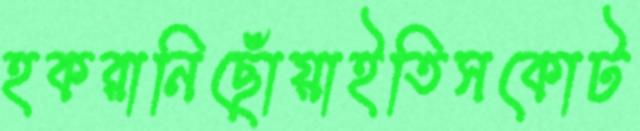
হকরানিছোঁয়াইতিসকোট